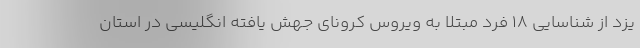
یزد از شناسایی ۱۸ فرد مبتلا به ویروس کرونای جهش یافته انگلیسی در استان